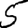
Digit: 5